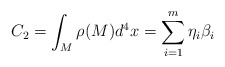
\begin{align*}C_2=\int_M\rho (M)d^4x=\sum_{i=1}^m\eta _i\beta _i\end{align*}